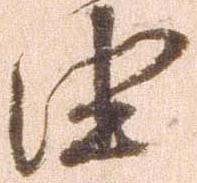
由